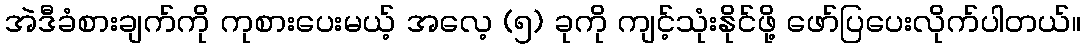
အဲဒီခံစားချက်ကို ကုစားပေးမယ့် အလေ့ (၅) ခုကို ကျင့်သုံးနိုင်ဖို့ ဖော်ပြပေးလိုက်ပါတယ်။